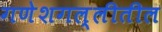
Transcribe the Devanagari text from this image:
गणेशगल्लीतील